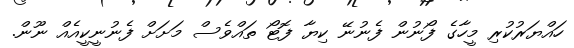
ހައްޔަރުކުރި މީހާގެ ފޯނުން ފެނުނޭ ކިޔާ ފޮޓޯ ތައްވެސް މަށަށް ފެނުނީކީއެއް ނޫން.